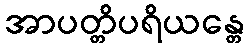
အာပတ္တိပရိယန္တေ